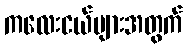
ကလေးငယ်များအတွက်